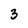
Character: 3